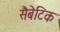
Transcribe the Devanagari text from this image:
सैबेटिक